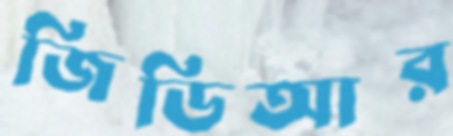
জিডিআর